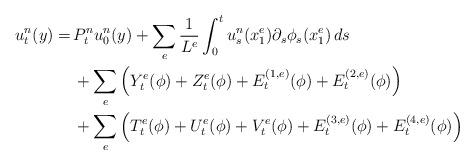
LaTeX: \begin{align*}u^n_t(y) =\,& P^n_{t}u^n_0(y)+ \sum_e\frac{1}{L^e} \int_0^t u^n_s(x^e_1)\partial_s\phi_s(x^e_1)\,ds \\&+ \sum_e \Big(Y^e_t(\phi)+ Z^e_t(\phi)+E^{(1,e)}_t(\phi) + E^{(2,e)}_t(\phi)\Big) \\& + \sum_e \Big( T^e_t(\phi)+U^e_t(\phi)+ V^e_t(\phi)+ E^{(3,e)}_t(\phi)+ E^{(4,e)}_t(\phi)\Big) \end{align*}